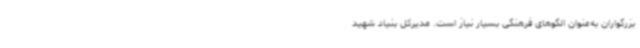
بزرگواران به‌عنوان الگوهای فرهنگی بسیار نیاز است. مدیرکل بنیاد شهید